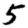
Digit: 5